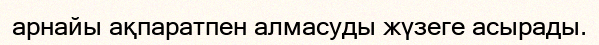
арнайы ақпаратпен алмасуды жүзеге асырады.